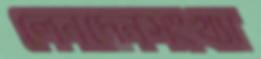
লেনদেনসংখ্যা